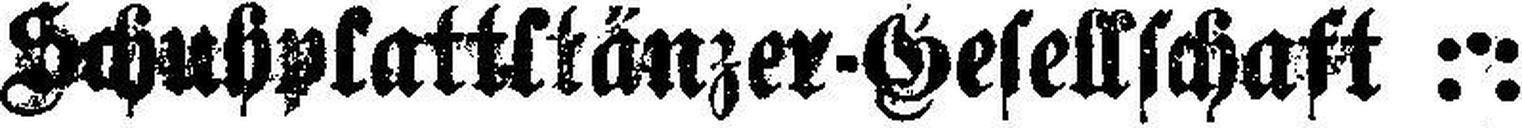
Schuhplattltänzer-Gesellschaft